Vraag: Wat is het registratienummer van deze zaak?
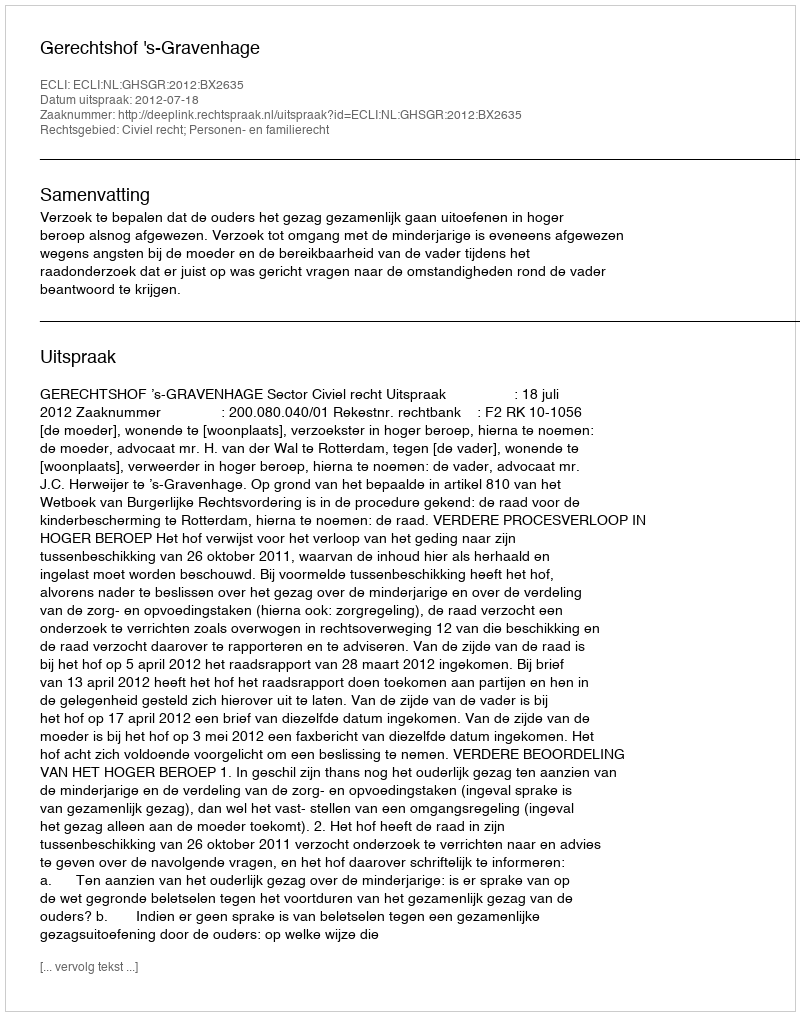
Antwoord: http://deeplink.rechtspraak.nl/uitspraak?id=ECLI:NL:GHSGR:2012:BX2635